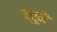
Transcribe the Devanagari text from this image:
ब्रूनै